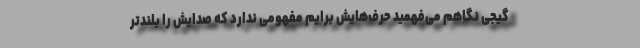
گیجی نگاهم می‌فهمید حرف‌هایش برایم مفهومی ندارد که صدایش را بلندتر